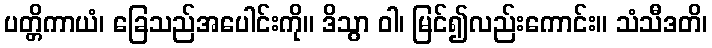
ပတ္တိကာယံ၊ ခြေသည်အပေါင်းကို။ ဒိသွာ ဝါ၊ မြင်၍လည်းကောင်း။ သံသီဒတိ၊